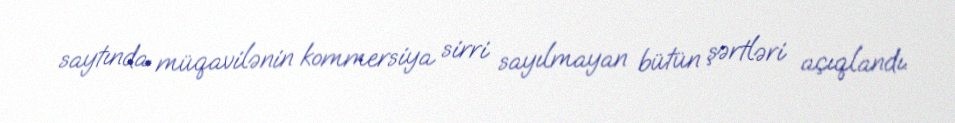
saytında müqavilənin kommersiya sirri sayılmayan bütün şərtləri açıqlandı.